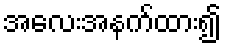
အလေးအနက်ထား၍